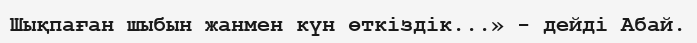
Шықпаған шыбын жанмен күн өткіздік...» - дейді Абай.